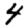
Digit: 4